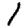
Digit: 1